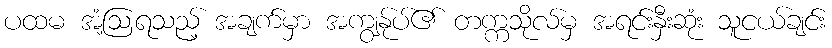
ပထမ အံ့ဩရသည့် အချက်မှာ အကျွန်ုပ်၏ တက္ကသိုလ်မှ အရင်းနှီးဆုံး သူငယ်ချင်း